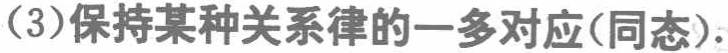
（3）保持某种关系律的一多对应(同态).